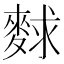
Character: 𪌵